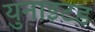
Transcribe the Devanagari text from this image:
युनाइटड